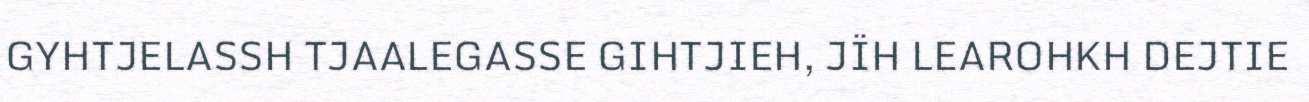
GYHTJELASSH TJAALEGASSE GIHTJIEH, JÏH LEAROHKH DEJTIE